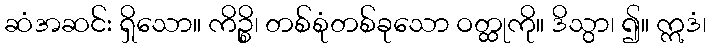
ဆံအဆင်း ရှိသော။ ကိဉ္စိ၊ တစ်စုံတစ်ခုသော ဝတ္ထုကို။ ဒိသွာ၊ ၍။ ဣဒံ၊